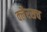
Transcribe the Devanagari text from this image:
क्लैरसच